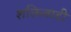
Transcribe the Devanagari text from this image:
शक्तिवादी